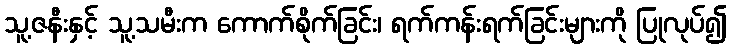
သူ့ဇနီးနှင့် သူ့သမီးက ကောက်စိုက်ခြင်း၊ ရက်ကန်းရက်ခြင်းများကို ပြုလုပ်၍